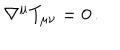
\nabla ^ { \mu } T _ { \mu \nu } = 0 \, .